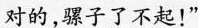
对的，骡子了不起！”